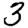
Digit: 3